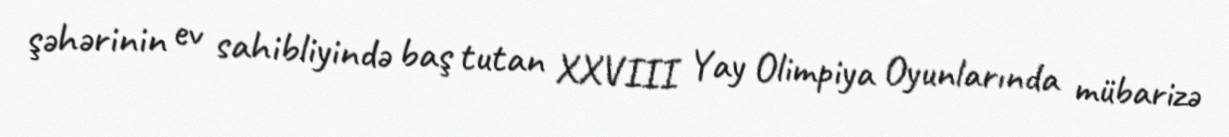
şəhərinin ev sahibliyində baş tutan XXVIII Yay Olimpiya Oyunlarında mübarizə